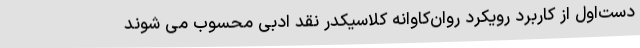
دست‌اول از کاربرد رویکرد روان‌کاوانه‌ کلاسیکدر نقد ادبی محسوب می شوند